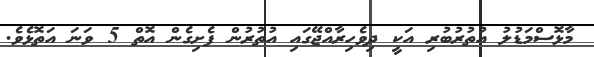
މާޅޮސްމަޑުލު އުތުރުބުރި އަކީ ދިވެހިރާއްޖޭގައި އުތުރުން ފެށިގެން އޮތް 5 ވަނަ އަތޮޅެވެ.